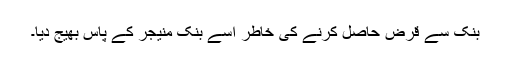
بنک سے قرض حاصل کرنے کی خاطر اسے بنک منیجر کے پاس بھیج دیا۔